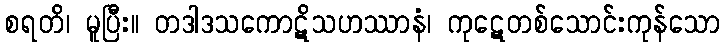
စရတိ၊ မူပြီး။ တဒါဒသကောဋိသဟဿာနံ၊ ကုဋေတစ်သောင်းကုန်သော